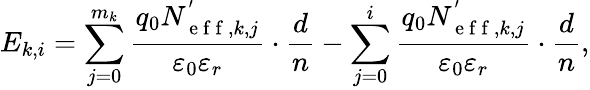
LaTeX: E_{k,i}=\sum_{j=0}^{m_{k}}{\frac{q_{0}N_{\mathrm{~e~f~f~},k,j}^{'}}{\varepsilon_{0}\varepsilon_{r}}}\cdot{\frac{d}{n}}-\sum_{j=0}^{i}{\frac{q_{0}N_{\mathrm{~e~f~f~},k,j}^{'}}{\varepsilon_{0}\varepsilon_{r}}}\cdot{\frac{d}{n}},